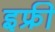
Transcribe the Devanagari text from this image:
इफ्री